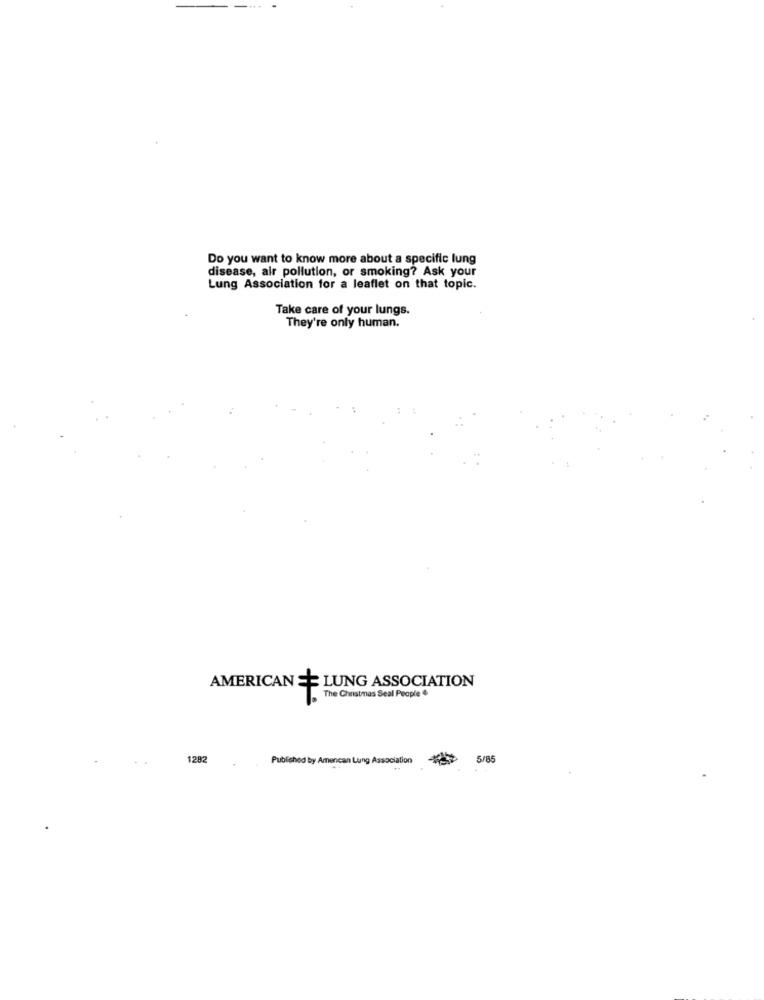
Do you want to know more about a specific lung
disease, air pollution, or smoking? Ask your
Lung Association for a leaflet on that topic.
Take care of your lungs.
They're only human.
AMERICAN SE LUNG ASSOCIATION
The Christmas Seal People &
1282
Published by Amencan Lung Association
5/85